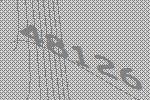
48126